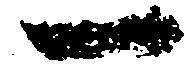
一